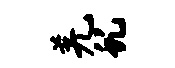
羌虬